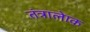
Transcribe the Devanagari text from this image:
तंत्रालेाक